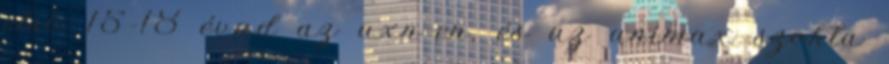
első 15-18 évad az axn-en, és az animax szokta